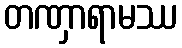
တဏှာရာမဿ